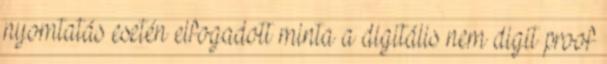
nyomtatás esetén elfogadott minta a digitális nem digit proof